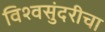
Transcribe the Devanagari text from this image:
विश्वसुंदरीचा